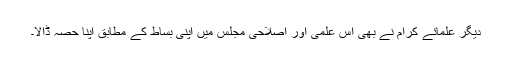
دیگر علمائے کرام نے بھی اس علمی اور اصلاحی مجلس میں اپنی بساط کے مطابق اپنا حصہ ڈالا۔